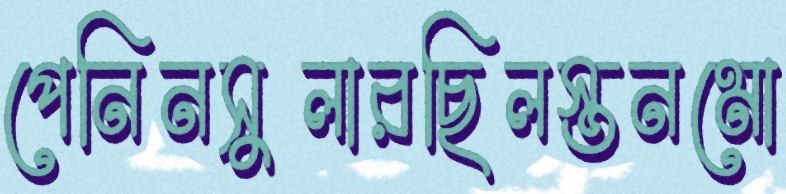
পেনিনসুলারছিলস্তনমো